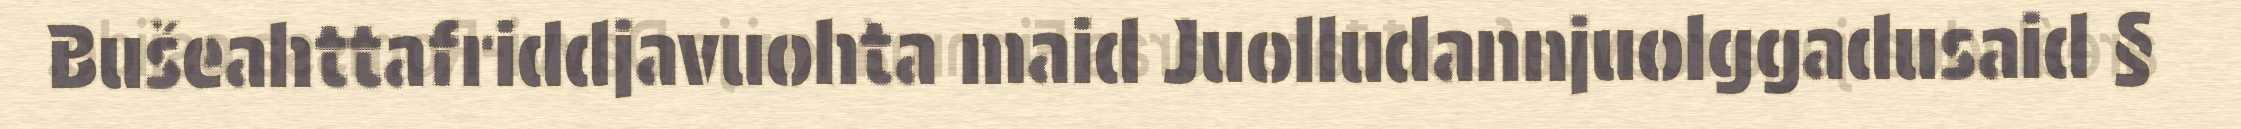
Bušeahttafriddjavuohta maid Juolludannjuolggadusaid §